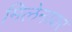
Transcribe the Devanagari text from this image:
मिलेनायर